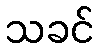
သခင်